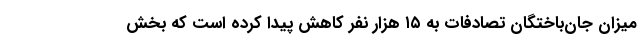
میزان جان‌باختگان تصادفات به ۱۵ هزار نفر کاهش پیدا کرده است که بخش